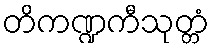
တိကဏ္ဍကီသုတ္တံ